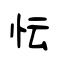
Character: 忶